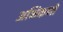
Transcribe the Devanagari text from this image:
अभिकणों